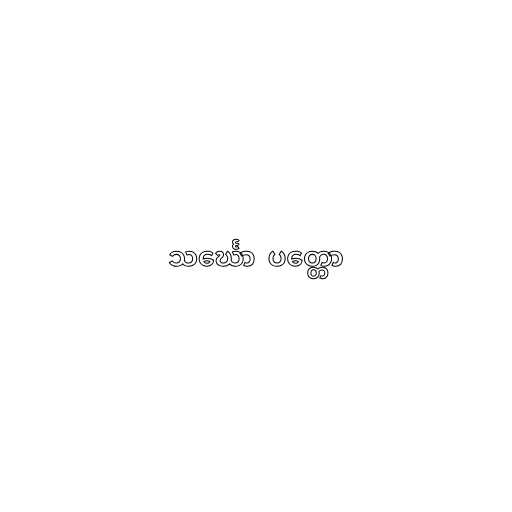
သင်္ဃော  ပတ္တော